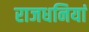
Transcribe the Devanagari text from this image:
राजधनियां